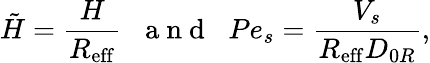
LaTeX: \tilde{H}=\frac{H}{R_{\mathrm{eff}}}\, \, \ \mathrm{~a~n~d~}\, \, \ Pe_{s}=\frac{V_{s}}{R_{\mathrm{eff}}D_{0R}},